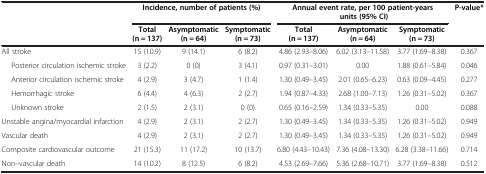
|  | <COLSPAN=3> Incidence, number of patients (%) | <COLSPAN=3> Annual event rate, per 100 patient-years units (95% CI) | <ROWSPAN=2> P-value* |
 |  | Total (n = 137) | Asymptomatic (n = 64) | Symptomatic (n = 73) | Total (n = 137) | Asymptomatic (n = 64) | Symptomatic (n = 73) |
 | --- | --- | --- | --- | --- | --- | --- | --- |
 | All stroke | 15 (10.9) | 9 (14.1) | 6 (8.2) | 4.86 (2.93–8.06) | 6.02 (3.13–11.58) | 3.77 (1.69–8.38) | 0.367 |
 | Posterior circulation ischemic stroke | 3 (2.2) | 0 (0) | 3 (4.1) | 0.97 (0.31–3.01) | 0.00 | 1.88 (0.61–5.84) | 0.046 |
 | Anterior circulation ischemic stroke | 4 (2.9) | 3 (4.7) | 1 (1.4) | 1.30 (0.49–3.45) | 2.01 (0.65–6.23) | 0.63 (0.09–4.45) | 0.277 |
 | Hemorrhagic stroke | 6 (4.4) | 4 (6.3) | 2 (2.7) | 1.94 (0.87–4.33) | 2.68 (1.00–7.13) | 1.26 (0.31–5.02) | 0.367 |
 | Unknown stroke | 2 (1.5) | 2 (3.1) | 0 (0) | 0.65 (0.16–2.59) | 1.34 (0.33–5.35) | 0.00 | 0.088 |
 | Unstable angina/myocardial infarction | 4 (2.9) | 2 (3.1) | 2 (2.7) | 1.30 (0.49–3.45) | 1.34 (0.33–5.35) | 1.26 (0.31–5.02) | 0.949 |
 | Vascular death | 4 (2.9) | 2 (3.1) | 2 (2.7) | 1.30 (0.49–3.45) | 1.34 (0.33–5.35) | 1.26 (0.31–5.02) | 0.949 |
 | Composite cardiovascular outcome | 21 (15.3) | 11 (17.2) | 10 (13.7) | 6.80 (4.43–10.43) | 7.36 (4.08–13.30) | 6.28 (3.38–11.66) | 0.714 |
 | Non–vascular death | 14 (10.2) | 8 (12.5) | 6 (8.2) | 4.53 (2.69–7.66) | 5.36 (2.68–10.71) | 3.77 (1.69–8.38) | 0.512 |